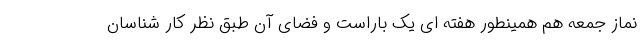
نماز جمعه هم همینطور هفته ای یک باراست و فضای آن طبق نظر کار شناسان